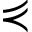
\curlyeqprec